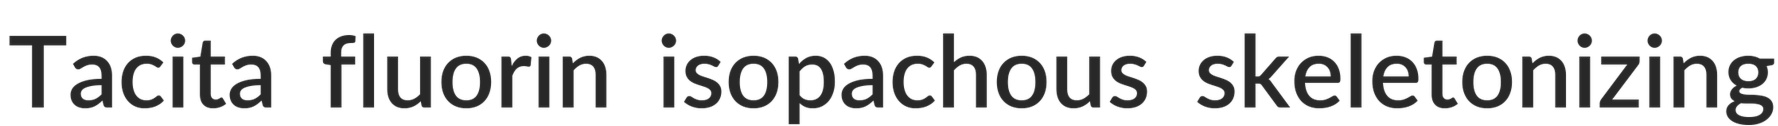
Tacita fluorin isopachous skeletonizing